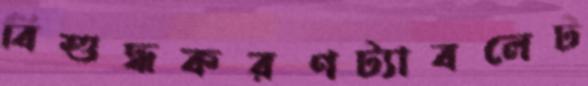
বিশুদ্ধকরণট্যাবলেট